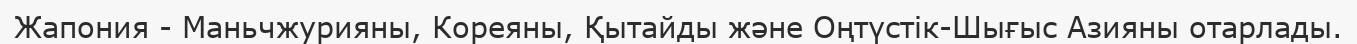
Жапония - Маньчжурияны, Кореяны, Қытайды және Оңтүстік-Шығыс Азияны отарлады.